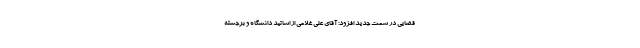
قضایی در سمت جدید افزود: آقای علی غلامی از اساتید دانشگاه و برجسته